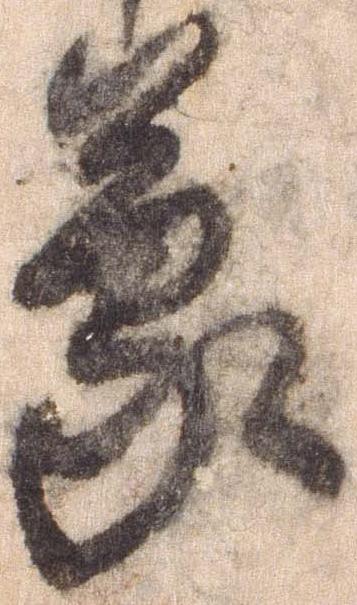
蒙